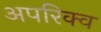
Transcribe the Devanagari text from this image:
अपरिक्व